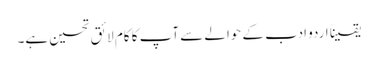
یقیناً اردو ادب کے حوالے سے آپ کا کام لائق تحسین ہے۔